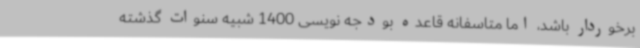
برخوردار باشد، اما متاسفانه قاعده بودجه نویسی 1400 شبیه سنوات گذشته